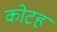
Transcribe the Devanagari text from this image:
कोटह